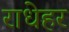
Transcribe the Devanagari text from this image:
राधेहर